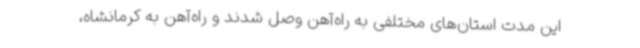
این مدت استان‌های مختلفی به راه‌آهن وصل شدند و راه‌آهن به کرمانشاه،